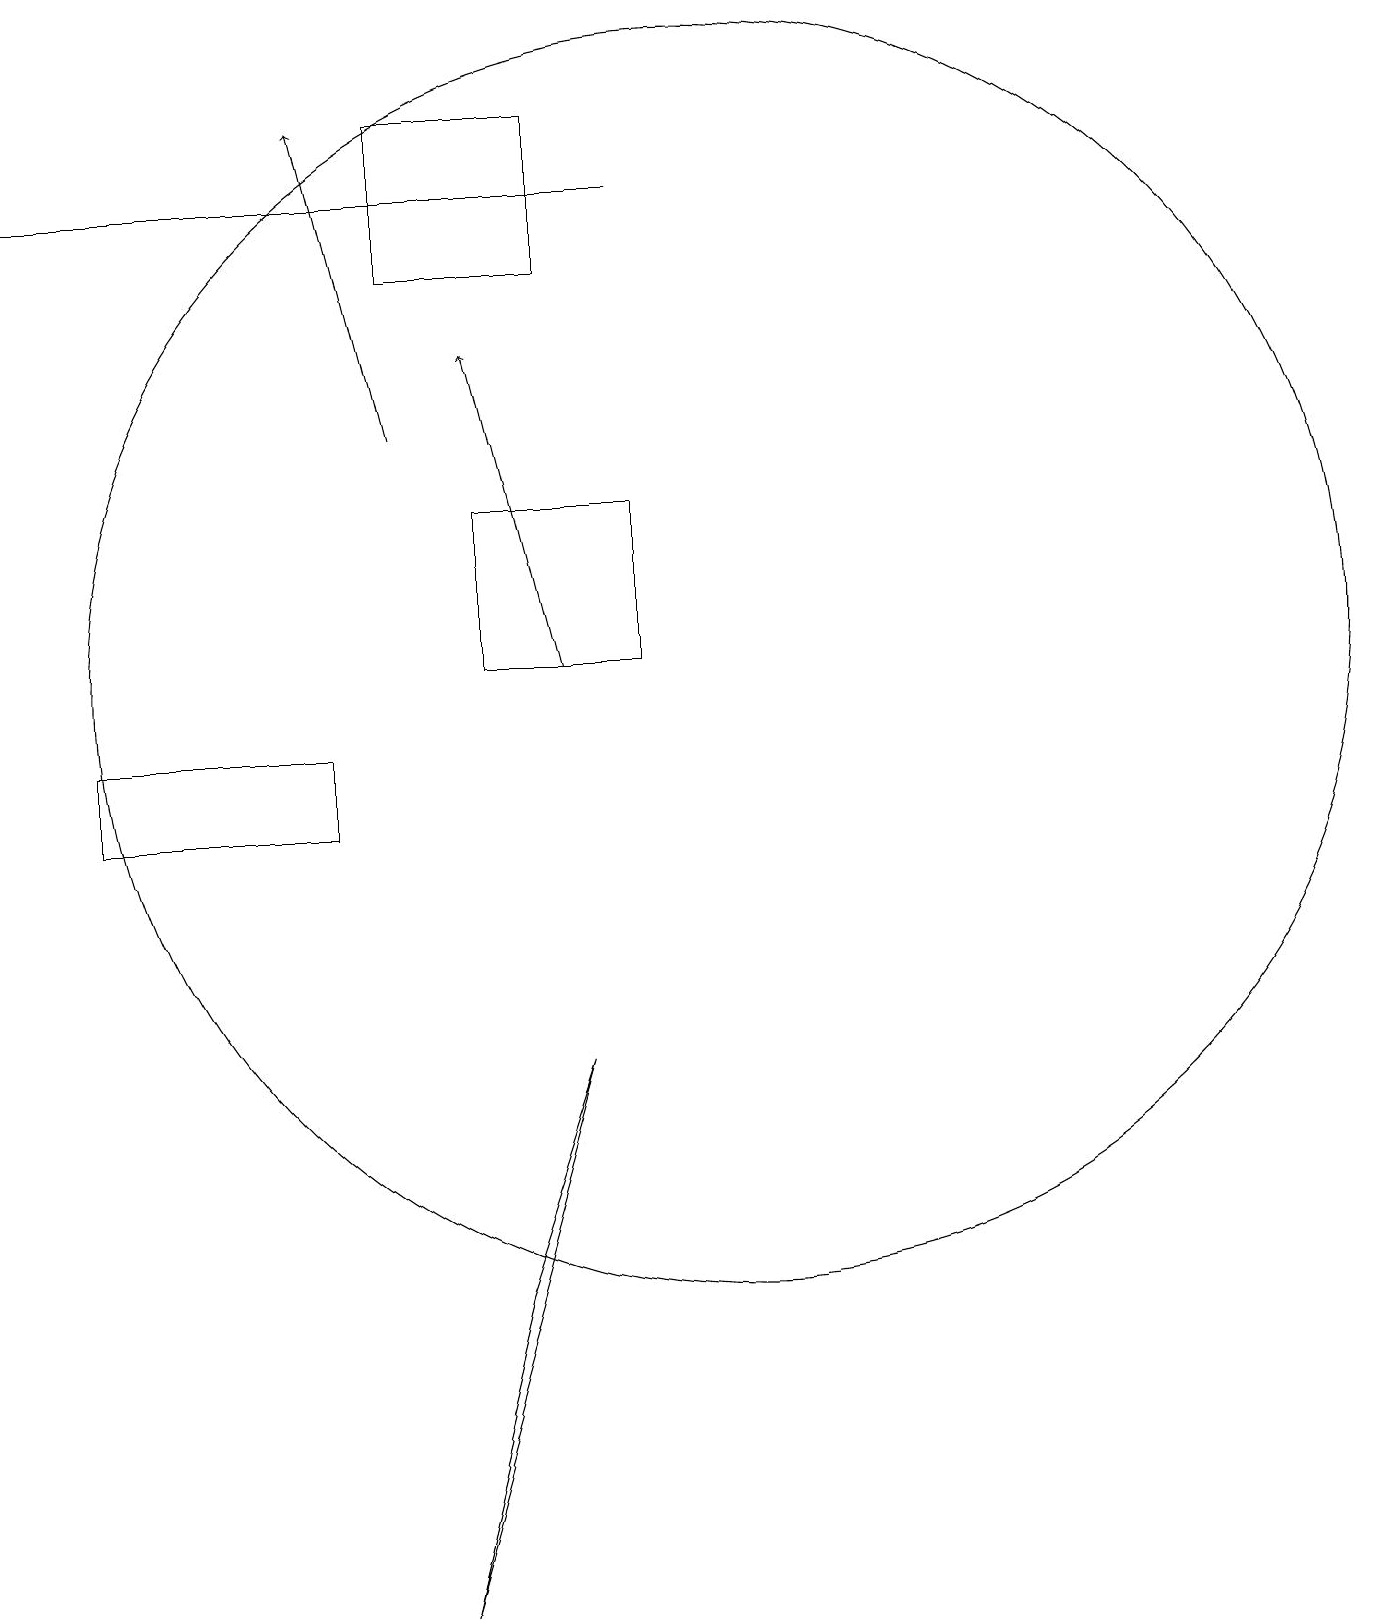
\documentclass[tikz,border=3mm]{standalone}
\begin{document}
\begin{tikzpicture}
\draw[->] (8,12) -- (7,16);
\draw (1,18) rectangle (9,18);
\draw (5,10) rectangle (2,11);
\draw (10,12) circle (8);
\draw (7,14) rectangle (9,12);
\draw (6,0) -- (8,7) -- (7,4) -- cycle;
\draw[->] (6,15) -- (5,19);
\draw (8,19) rectangle (6,17);
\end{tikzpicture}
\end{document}